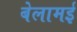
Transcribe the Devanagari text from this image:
बेलामई